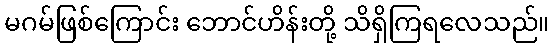
မဂမ်ဖြစ်ကြောင်း ဘောင်ဟိန်းတို့ သိရှိကြရလေသည်။